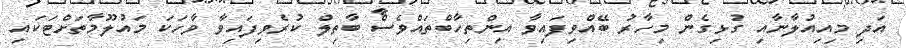
އަދި މިއިއުލާނާއި ގުޅިގެން މިހާރު ބޭއްވިފައިވާ އިންތިހާބްތައްވެސް ބާތިލް ކުރެވިފައިވާ ވާހަކަ މައުލޫމާތަށްޓަކައި